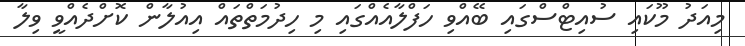
މިއަދު މޫކައި ސުއިޓްސްގައި ބޭއްވި ހަފްލާއެއްގައި މި ހިދުމަތްތައް އިއުލާން ކޮށްދެއްވީ ވިލާ